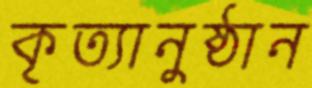
কৃত্যানুষ্ঠান